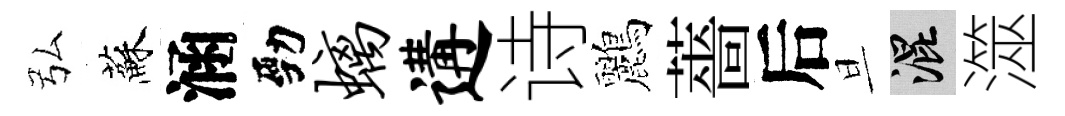
弘蘇涵勁螭遘诗鸝薔后旦混澨